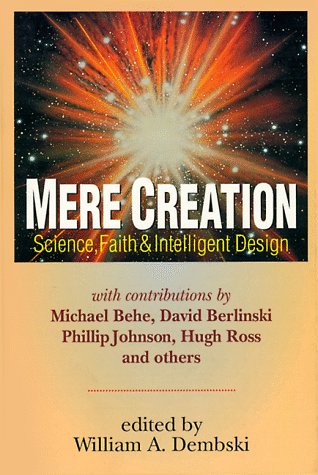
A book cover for Mere Creation; Science, Faith & Intelligent Design; Christian Books & Bibles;